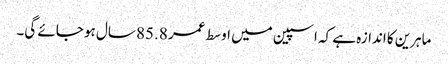
ماہرین کا اندازہ ہے کہ اسپین میں اوسط عمر 85.8 سال ہو جائے گی۔